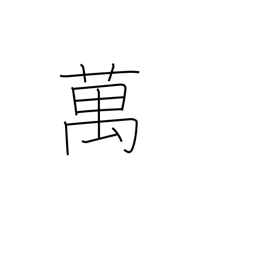
Meaning: 10,000